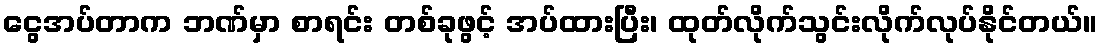
ငွေအပ်တာက ဘဏ်မှာ စာရင်း တစ်ခုဖွင့် အပ်ထားပြီး၊ ထုတ်လိုက်သွင်းလိုက်လုပ်နိုင်တယ်။